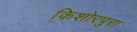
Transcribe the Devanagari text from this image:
किशोरपुरा